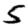
Digit: 5